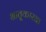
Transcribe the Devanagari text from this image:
भ्रातृ्कारक